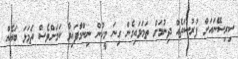
ސިރިސޭނައަށް ފުރުސަތެއް ދިނުމަށް ތަމަޅައިގެން ގިނަ މީހުން ނިންމާަފައިވާ ކަމަށްވެސް ތަމަޅަ ބައެއް